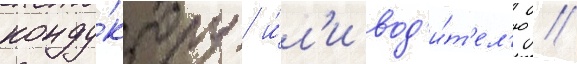
конду́ктору и́л'и вод'и́т'ел'ю //